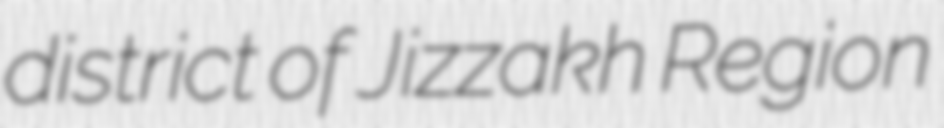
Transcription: district of Jizzakh Region